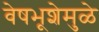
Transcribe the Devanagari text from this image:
वेषभूशेमुळे